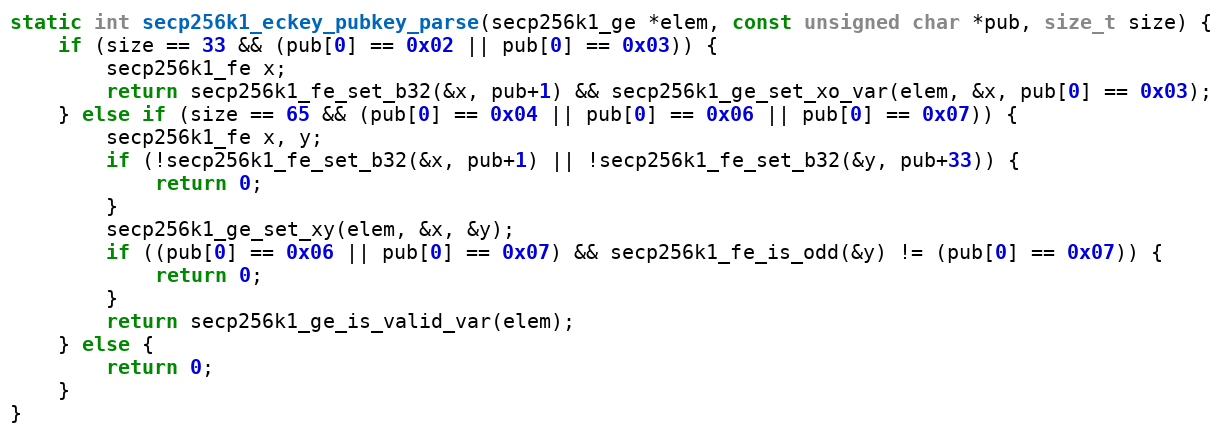
Language: C
static int secp256k1_eckey_pubkey_parse(secp256k1_ge *elem, const unsigned char *pub, size_t size) {
    if (size == 33 && (pub[0] == 0x02 || pub[0] == 0x03)) {
        secp256k1_fe x;
        return secp256k1_fe_set_b32(&x, pub+1) && secp256k1_ge_set_xo_var(elem, &x, pub[0] == 0x03);
    } else if (size == 65 && (pub[0] == 0x04 || pub[0] == 0x06 || pub[0] == 0x07)) {
        secp256k1_fe x, y;
        if (!secp256k1_fe_set_b32(&x, pub+1) || !secp256k1_fe_set_b32(&y, pub+33)) {
            return 0;
        }
        secp256k1_ge_set_xy(elem, &x, &y);
        if ((pub[0] == 0x06 || pub[0] == 0x07) && secp256k1_fe_is_odd(&y) != (pub[0] == 0x07)) {
            return 0;
        }
        return secp256k1_ge_is_valid_var(elem);
    } else {
        return 0;
    }
}